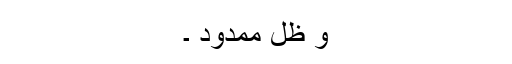
وَ ظِلٍّ مَّمْدُودٍ ۔